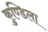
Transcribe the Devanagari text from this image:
कुण्डिला